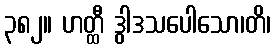
၃၈၂။ ဟတ္ထီ ဒွါဒသပေါသော၊တိ၊